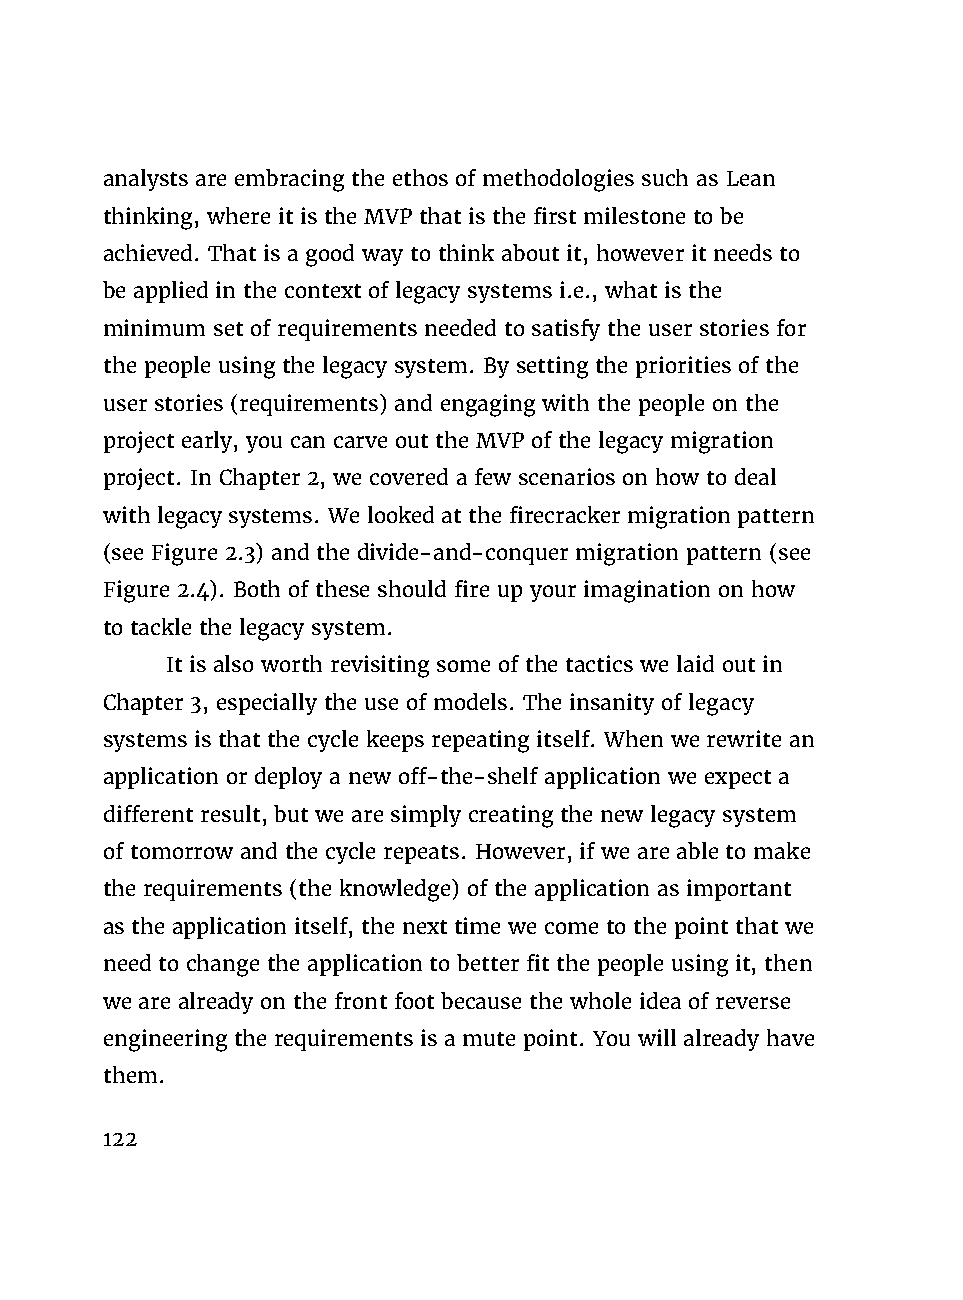
analysts are embracing the ethos of methodologies such as Lean
 thinking, where it is the MVP that is the first milestone to be
 achieved. That is a good way to think about it, however it needs to
 be applied in the context of legacy systems i.e., what is the
 minimum set of requirements needed to satisfy the user stories for
 the people using the legacy system. By setting the priorities of the
 user stories (requirements) and engaging with the people on the
 project early, you can carve out the MVP of the legacy migration
 project. In Chapter 2, we covered a few scenarios on how to deal
 with legacy systems. We looked at the firecracker migration pattern
 (see Figure 2.3) and the divide-and-conquer migration pattern (see
 Figure 2.4). Both of these should fire up your imagination on how
 to tackle the legacy system.
 It is also worth revisiting some of the tactics we laid out in
 Chapter 3, especially the use of models. The insanity of legacy
 systems is that the cycle keeps repeating itself. When we rewrite an
 application or deploy a new off-the-shelf application we expect a
 different result, but we are simply creating the new legacy system
 of tomorrow and the cycle repeats. However, if we are able to make
 the requirements (the knowledge) of the application as important
 as the application itself, the next time we come to the point that we
 need to change the application to better fit the people using it, then
 we are already on the front foot because the whole idea of reverse
 engineering the requirements is a mute point. You will already have
 them.
 122